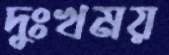
দুঃখময়